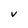
Character: V